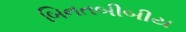
બિનતબીબીય